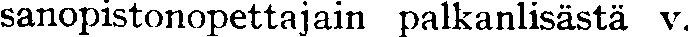
sanopistonopettajain palkanlisästä v.